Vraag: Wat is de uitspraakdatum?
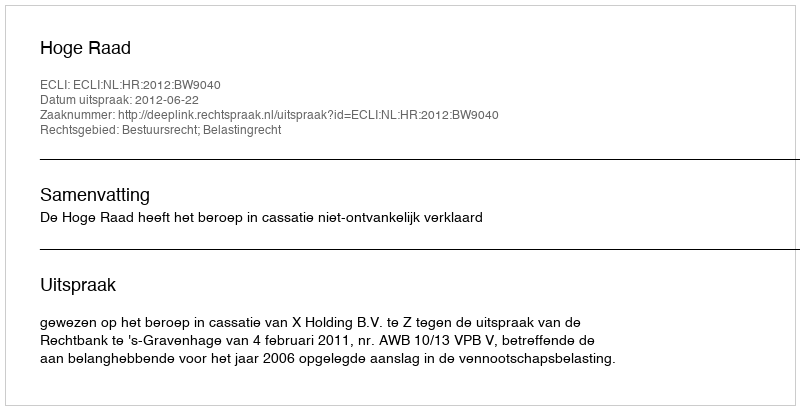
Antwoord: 2012-06-22